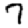
Digit: 7